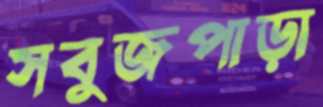
সবুজপাড়া